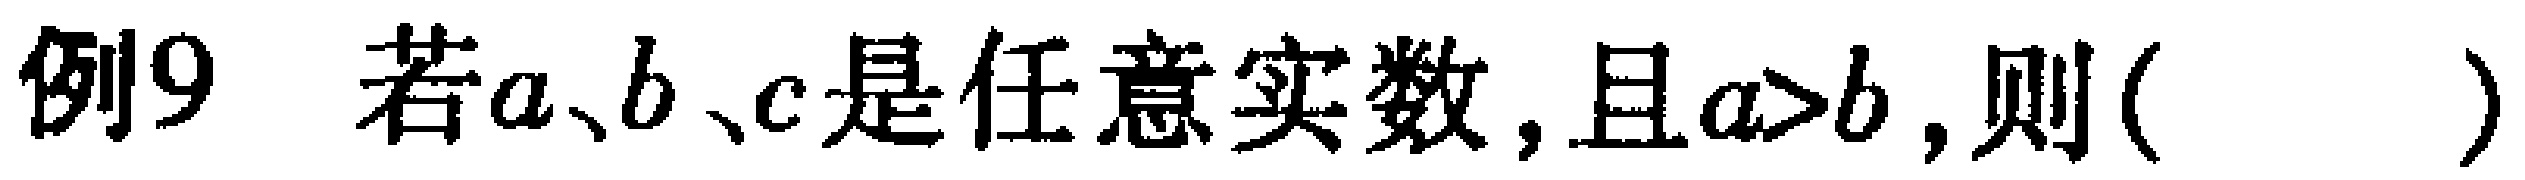
例9 若\(a、b、c\)是任意实数，且\(a>b\)，则( )